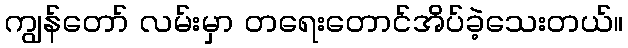
ကျွန်တော် လမ်းမှာ တရေးတောင်အိပ်ခဲ့သေးတယ်။